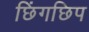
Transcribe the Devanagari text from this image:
छिंगछिप